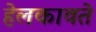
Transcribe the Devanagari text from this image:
हेलकावते